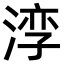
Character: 𪶧